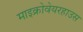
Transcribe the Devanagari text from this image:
माइक्रोवेयरहाउस